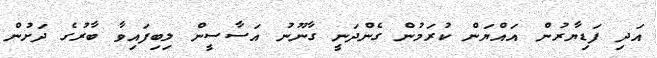
އަދި ފަޑިޔާރުން އައްޔަން ކުރަމުން ގެންދަނީ ގާނޫނު އަސާސީން ލިބިފައިވާ ބާރުގެ ދަށުން